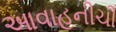
આવાહનીચી